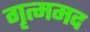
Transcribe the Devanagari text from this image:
गृत्ममद